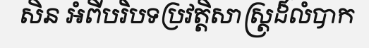
សិន អំពីបរិបទប្រវត្តិសាស្ត្រដ៏លំបាក